Lunatic asylums Burma 1907-21 - 1907-1921
Year: 1907
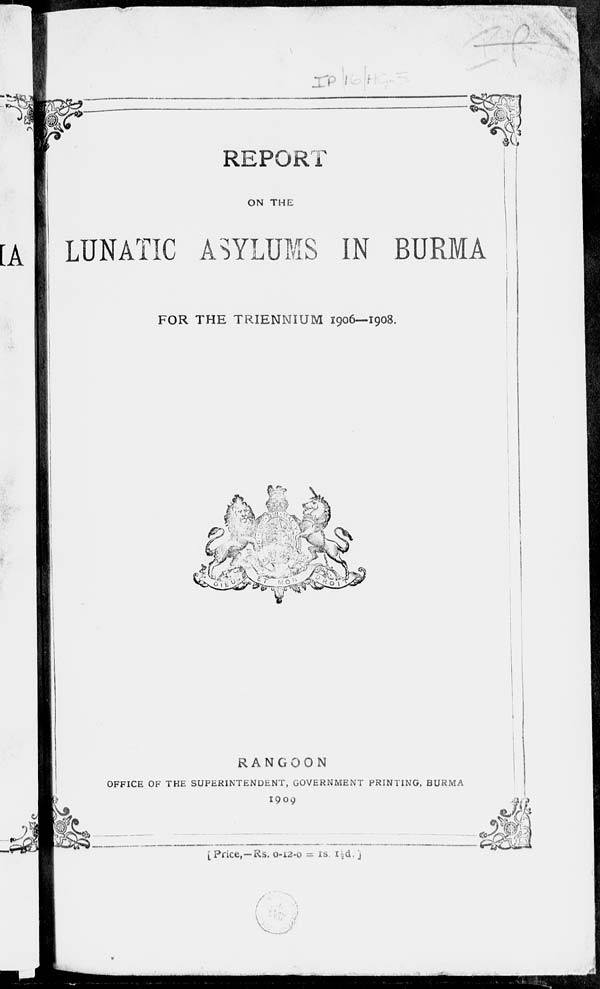
REPORT
ON THE
LUNATIC ASYLUMS IN BURMA
FOR THE TRIENNIUM 1906—1908.
RANGOON
OFFICE OF THE SUPERINTENDENT, GOVERNMENT PRINTING, BURMA
1909
[ Price,—Rs. 0-12-0 = 1s. 1½d.]